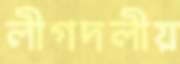
লীগদলীয়